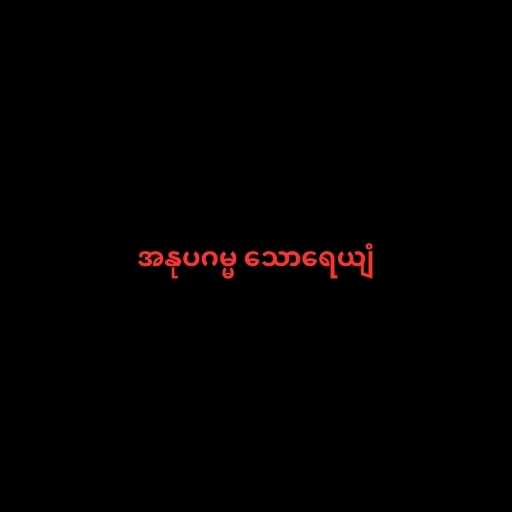
အနုပဂမ္မ သောရေယျံ